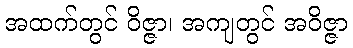
အထက်တွင် ဝိဇ္ဇာ၊ အကျတွင် အဝိဇ္ဇာ